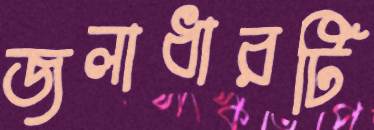
জলাধারটি